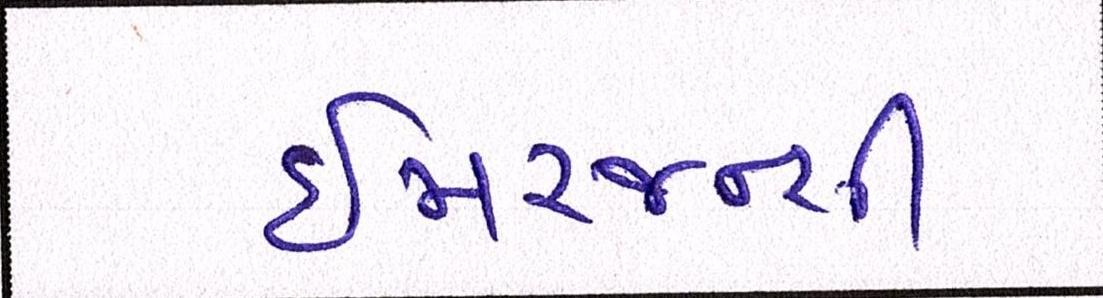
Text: ઇમરજન્સી